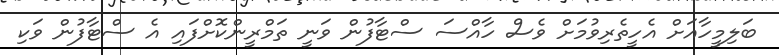
ބަލިމީހާއަށް އެހީތެރިވުމަށް ވެސް ހާއްސަ ސްޓާފުން ވަނީ ތަމްރީންކޮށްފައި އެ ސްޓާފުން ވަކި